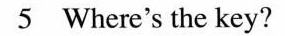
5 Where's the key?